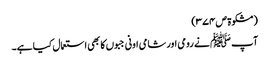
(مشکوۃ ص ۳۷۴)
آپ ﷺ نے رومی اور شامی اونی جبوں کا بھی استعمال کیا ہے۔